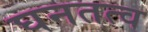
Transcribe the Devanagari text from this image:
घनतत्व